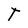
Character: T